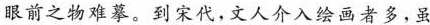
眼前之物难摹。-到宋代，文人介入绘画者多-.虽